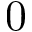
0